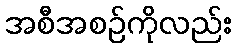
အစီအစဉ်ကိုလည်း